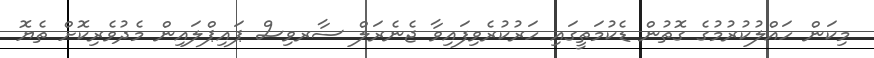
މިކަން ހައްލުކުރުމުގެ ގޮތުން ޑެކުމަތީގައި ހަރުކުރެވިފައިވާ ޖެނެރަލް ސާރވިސް ޕައިޕްލައިން މެދުވެރިކޮށް ތެޔޮ